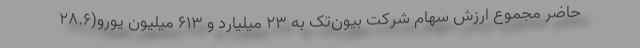
حاضر مجموع ارزش سهام شرکت بیون‌تک به ۲۳ میلیارد و ۶۱۳ میلیون یورو(۲۸.۶